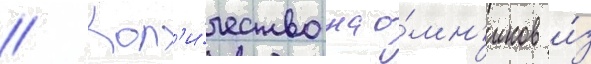
// Кол'и́чество нао́мн'иков и́з